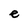
Character: e